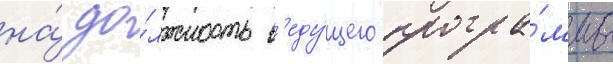
на́ до́лжность в'еду́щего програ́ммы